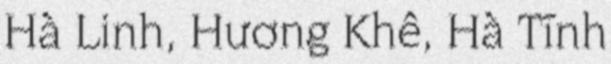
Hà Linh, Hương Khê, Hà Tĩnh